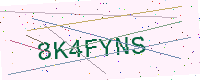
Text: 8K4FYNS